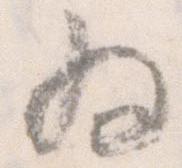
為